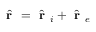
\hat { \textbf { r } } = \hat { \textbf { r } } _ { i } + \hat { \textbf { r } } _ { e }